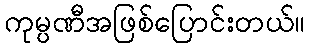
ကုမ္ပဏီအဖြစ်ပြောင်းတယ်။